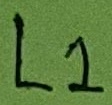
Text: L1